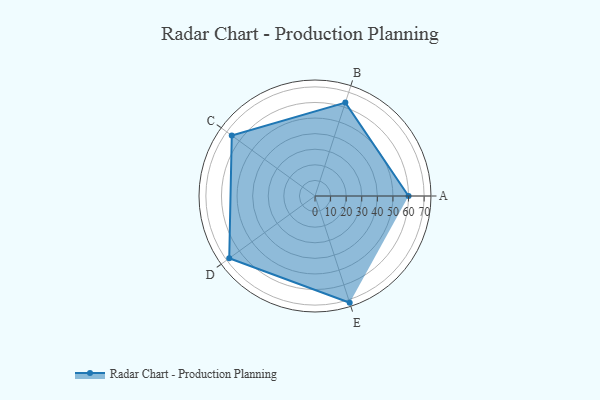
{"axis": {"x": "Skill", "y": "Score"}, "legend": ["Profile"], "data": [{"x": "A", "y": 60.0, "type": "Profile"}, {"x": "B", "y": 63.0, "type": "Profile"}, {"x": "C", "y": 66.0, "type": "Profile"}, {"x": "D", "y": 68.0, "type": "Profile"}, {"x": "E", "y": 72.0, "type": "Profile"}]}